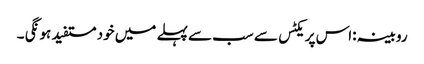
روبینہ :اس پریکٹس سے سب سے پہلے میں خود مستفید ہو نگی ۔